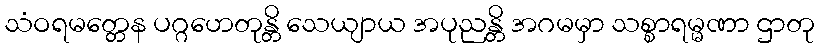
သံဝရမတ္တေန ပဂ္ဂဟေတုန္တိ သေယျာယ အပုညန္တိ အဂမမှာ သစ္စာရမ္မဏာ ဌာတု